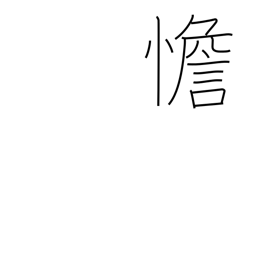
Meaning: calm